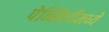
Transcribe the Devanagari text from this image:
पेन्सिलीमध्ये